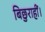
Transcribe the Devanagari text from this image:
बिछुराहीं।